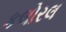
કલોરલ